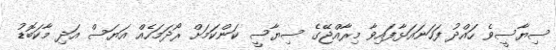
ސިޔާސީވެ ހައްދު ފަހަނައަޅާފައިވާ މިރާއްޖޭގެ ސިޔާސީ ކަންކަމަށް ރޯދަމަހެއް އަޔަސް އަދި މާކަބޮޑު